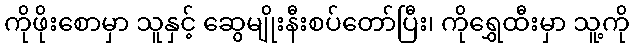
ကိုဖိုးစောမှာ သူနှင့် ဆွေမျိုးနီးစပ်တော်ပြီး၊ ကိုရွှေထီးမှာ သူ့ကို